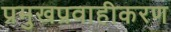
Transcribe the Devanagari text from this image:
प्रमुखप्रवाहीकरण